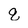
Character: q